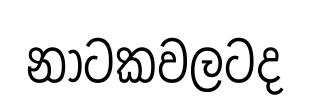
නාටකවලටද